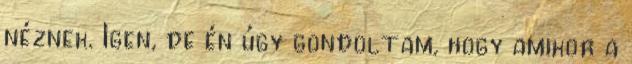
néznek. Igen, de én úgy gondoltam, hogy amikor a